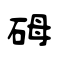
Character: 砪